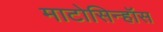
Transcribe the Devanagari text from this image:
माटोसिन्हॉस